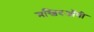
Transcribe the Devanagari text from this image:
मस्जिदऑबी